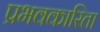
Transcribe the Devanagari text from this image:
प्रभवकारिता